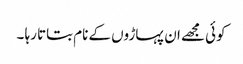
کوئی مجھے ان پہاڑوں کے نام بتاتا رہا ۔